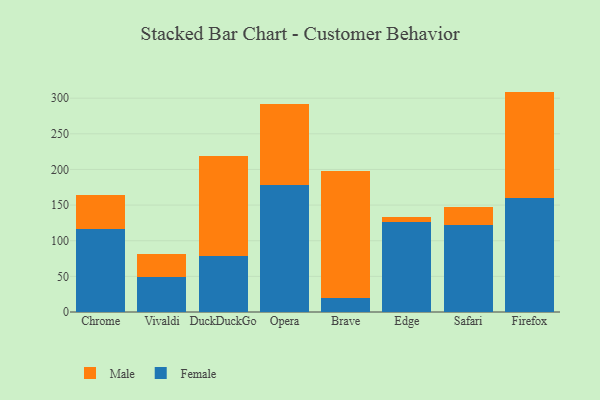
{"axis": {"x": "Browser", "y": "Inventory Turnover"}, "legend": ["Female", "Male"], "data": [{"x": "Chrome", "y": 116.0, "type": "Female"}, {"x": "Chrome", "y": 47.7, "type": "Male"}, {"x": "Vivaldi", "y": 49.5, "type": "Female"}, {"x": "Vivaldi", "y": 32.3, "type": "Male"}, {"x": "DuckDuckGo", "y": 78.9, "type": "Female"}, {"x": "DuckDuckGo", "y": 140.2, "type": "Male"}, {"x": "Opera", "y": 178.6, "type": "Female"}, {"x": "Opera", "y": 113.1, "type": "Male"}, {"x": "Brave", "y": 19.5, "type": "Female"}, {"x": "Brave", "y": 178.9, "type": "Male"}, {"x": "Edge", "y": 126.8, "type": "Female"}, {"x": "Edge", "y": 6.6, "type": "Male"}, {"x": "Safari", "y": 121.7, "type": "Female"}, {"x": "Safari", "y": 25.8, "type": "Male"}, {"x": "Firefox", "y": 160.0, "type": "Female"}, {"x": "Firefox", "y": 149.2, "type": "Male"}]}